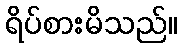
ရိပ်စားမိသည်။